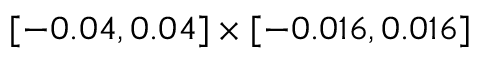
[ - 0 . 0 4 , 0 . 0 4 ] \times [ - 0 . 0 1 6 , 0 . 0 1 6 ]